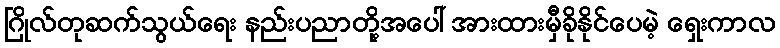
ဂြိုလ်တုဆက်သွယ်ရေး နည်းပညာတို့အပေါ် အားထားမှီခိုနိုင်ပေမဲ့ ရှေးကာလ